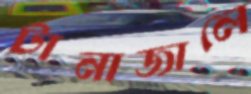
টানাজালে